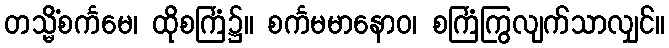
တသ္မိံစင်္ကမေ၊ ထိုစင်္ကြံ၌။ စင်္ကမမာနောဝ၊ စင်္ကြံကြွလျက်သာလျှင်။